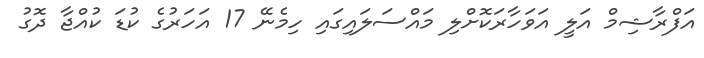
އަފްރާޝިމް އަލީ އަވަހާރަކޮށްލި މައްސަލައިގައި ހިމެނޭ 17 އަހަރުގެ ކުޑަ ކުއްޖާ ދޮގު